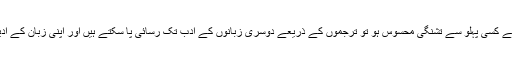
پڑھنے والوں کو اپنی زبان کے ادب کے کسی پہلو سے تشنگی محسوس ہو تو ترجموں کے ذریعے دوسری زبانوں کے ادب تک رسائی پا سکتے ہیں اور اپنی زبان کے ادیبوں تک اپنی خواہش پہنچا سکتے ہیں۔